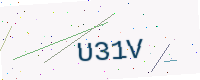
Text: U31V